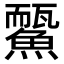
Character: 𩻊